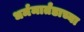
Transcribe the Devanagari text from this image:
धर्ममार्तंडाच्या